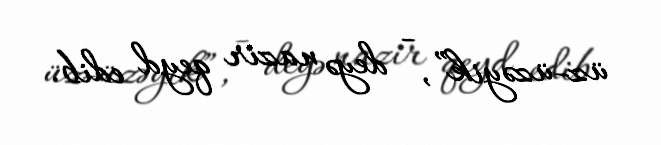
üz-üzəyik”, - deyə nazir qeyd edib.